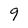
Character: 9